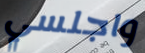
واجلسي